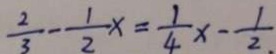
\frac { 2 } { 3 } - \frac { 1 } { 2 } x = \frac { 1 } { 4 } x - \frac { 1 } { 2 . }